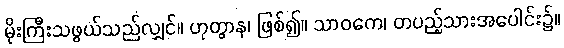
မိုးကြီးသဖွယ်သည်လျှင်။ ဟုတွာန၊ ဖြစ်၍။ သာဝကေ၊ တပည့်သားအပေါင်း၌။